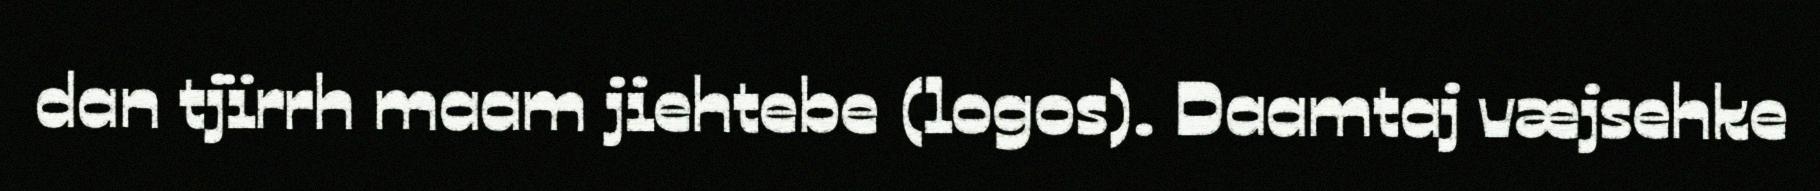
dan tjïrrh maam jiehtebe (logos). Daamtaj væjsehke